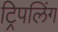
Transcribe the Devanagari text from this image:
ट्रिपलिंग